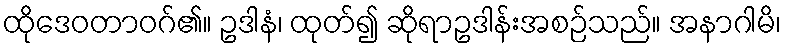
ထိုဒေဝတာဝဂ်၏။ ဥဒါနံ၊ ထုတ်၍ ဆိုရာဥဒါန်းအစဉ်သည်။ အနာဂါမိ၊